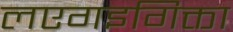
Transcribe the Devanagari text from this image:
लएगइगिक्ता